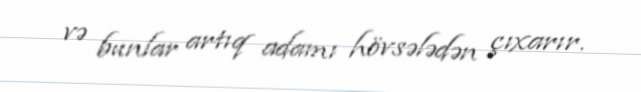
və bunlar artıq adamı hövsələdən çıxarır.